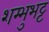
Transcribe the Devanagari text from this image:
शम्भुभट्ट